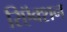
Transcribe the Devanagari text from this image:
रिऍक्शन